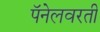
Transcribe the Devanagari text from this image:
पॅनेलवरती